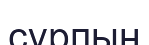
сұрпын